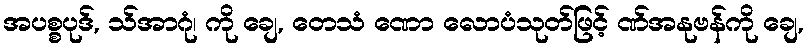
အပစ္စပုဒ်, သ်အာဂုံ၊ ကို ချေ, တေသံ ဏော လောပံသုတ်ဖြင့် ဏ်အနုဗန်ကို ချေ,